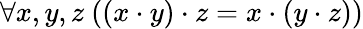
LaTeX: \forall x,y,z\ ((x\cdot y)\cdot z=x\cdot(y\cdot z))